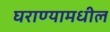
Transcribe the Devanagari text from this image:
घराण्यामधील